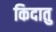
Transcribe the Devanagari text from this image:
किदातु